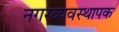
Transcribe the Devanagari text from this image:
नगरव्यवस्थापक